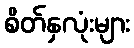
စိတ်နှလုံးများ